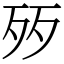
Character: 㱛